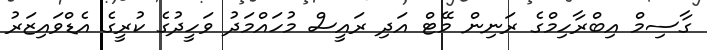
ގާސިމް އިބްރާހިމްގެ ރަނިން މޭޓް އަދި ރައީސް މުހައްމަދު ވަހީދުގެ ކުރީގެ އެޑްވައިޒަރު